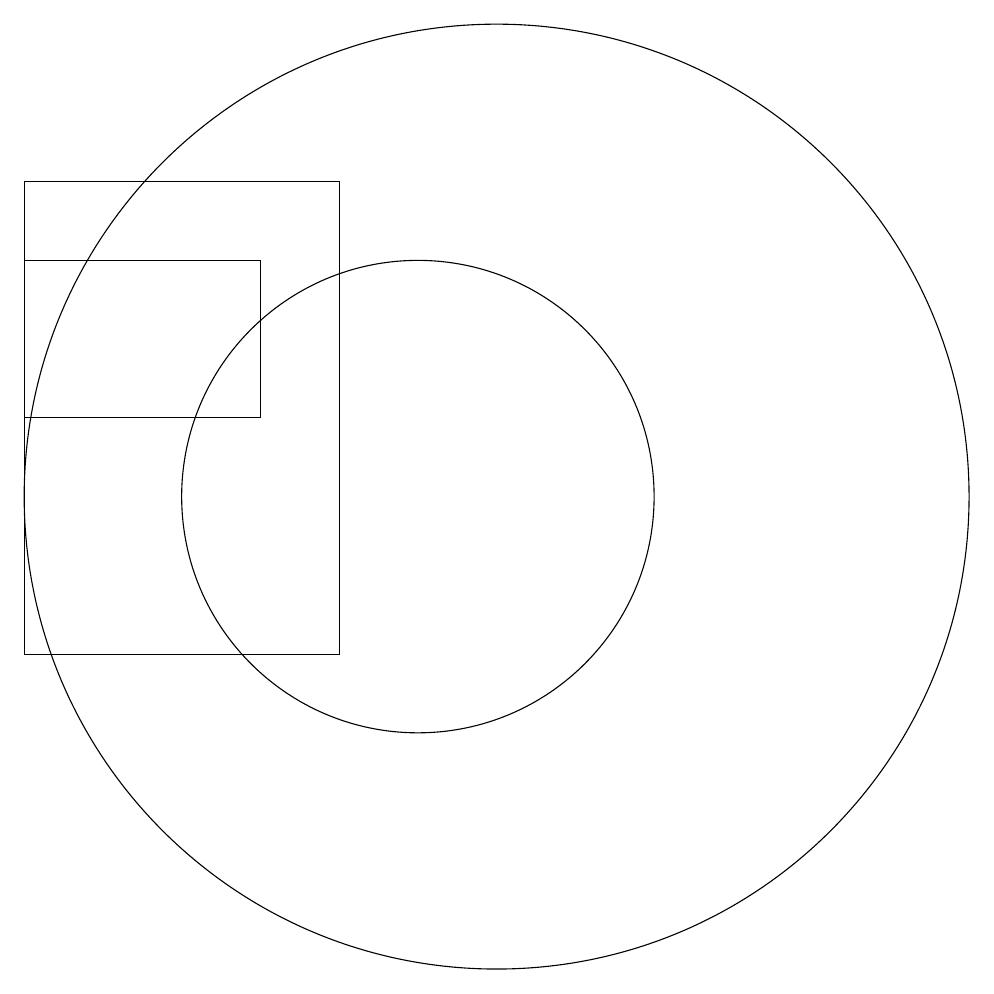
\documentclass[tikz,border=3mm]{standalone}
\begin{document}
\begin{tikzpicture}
\draw (9,16) rectangle (5,10);
\draw (10,12) circle (3);
\draw (8,15) rectangle (5,13);
\draw (11,12) circle (6);
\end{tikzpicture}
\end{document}